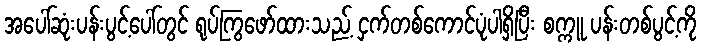
အပေါ်ဆုံးပန်းပွင့်ပေါ်တွင် ရုပ်ကြွဖော်ထားသည့် ငှက်တစ်ကောင်ပုံပါရှိပြီး စက္ကူ ပန်းတစ်ပွင့်ကို